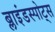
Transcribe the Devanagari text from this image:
ब्लाइंडस्पोट्स